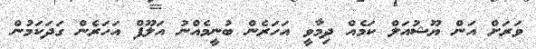
ވަރަށް އަން ޔޫޝުއަލް ކަމެއް ދިމާވީ އަހަރެން ބުނީމެއްނު އަލޫފް އަހަރެން ގަދަކަމުން